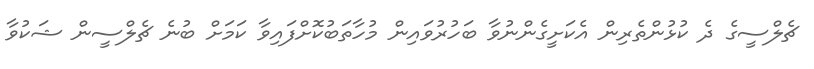
ޗެލްސީގެ ދެ ކުޅުންތެރިން އެކަށީގެންނުވާ ބަހުރުވައިން މުހާތަބުކޮށްފައިވާ ކަމަށް ބުނެ ޗެލްސީން ޝަކުވާ